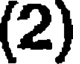
(2)